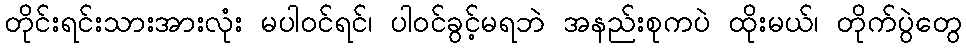
တိုင်းရင်းသားအားလုံး မပါဝင်ရင်၊ ပါဝင်ခွင့်မရဘဲ အနည်းစုကပဲ ထိုးမယ်၊ တိုက်ပွဲတွေ